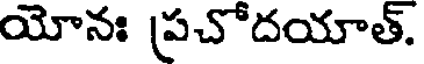
యోనః ప్రచోదయాత్.